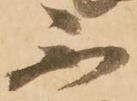
不